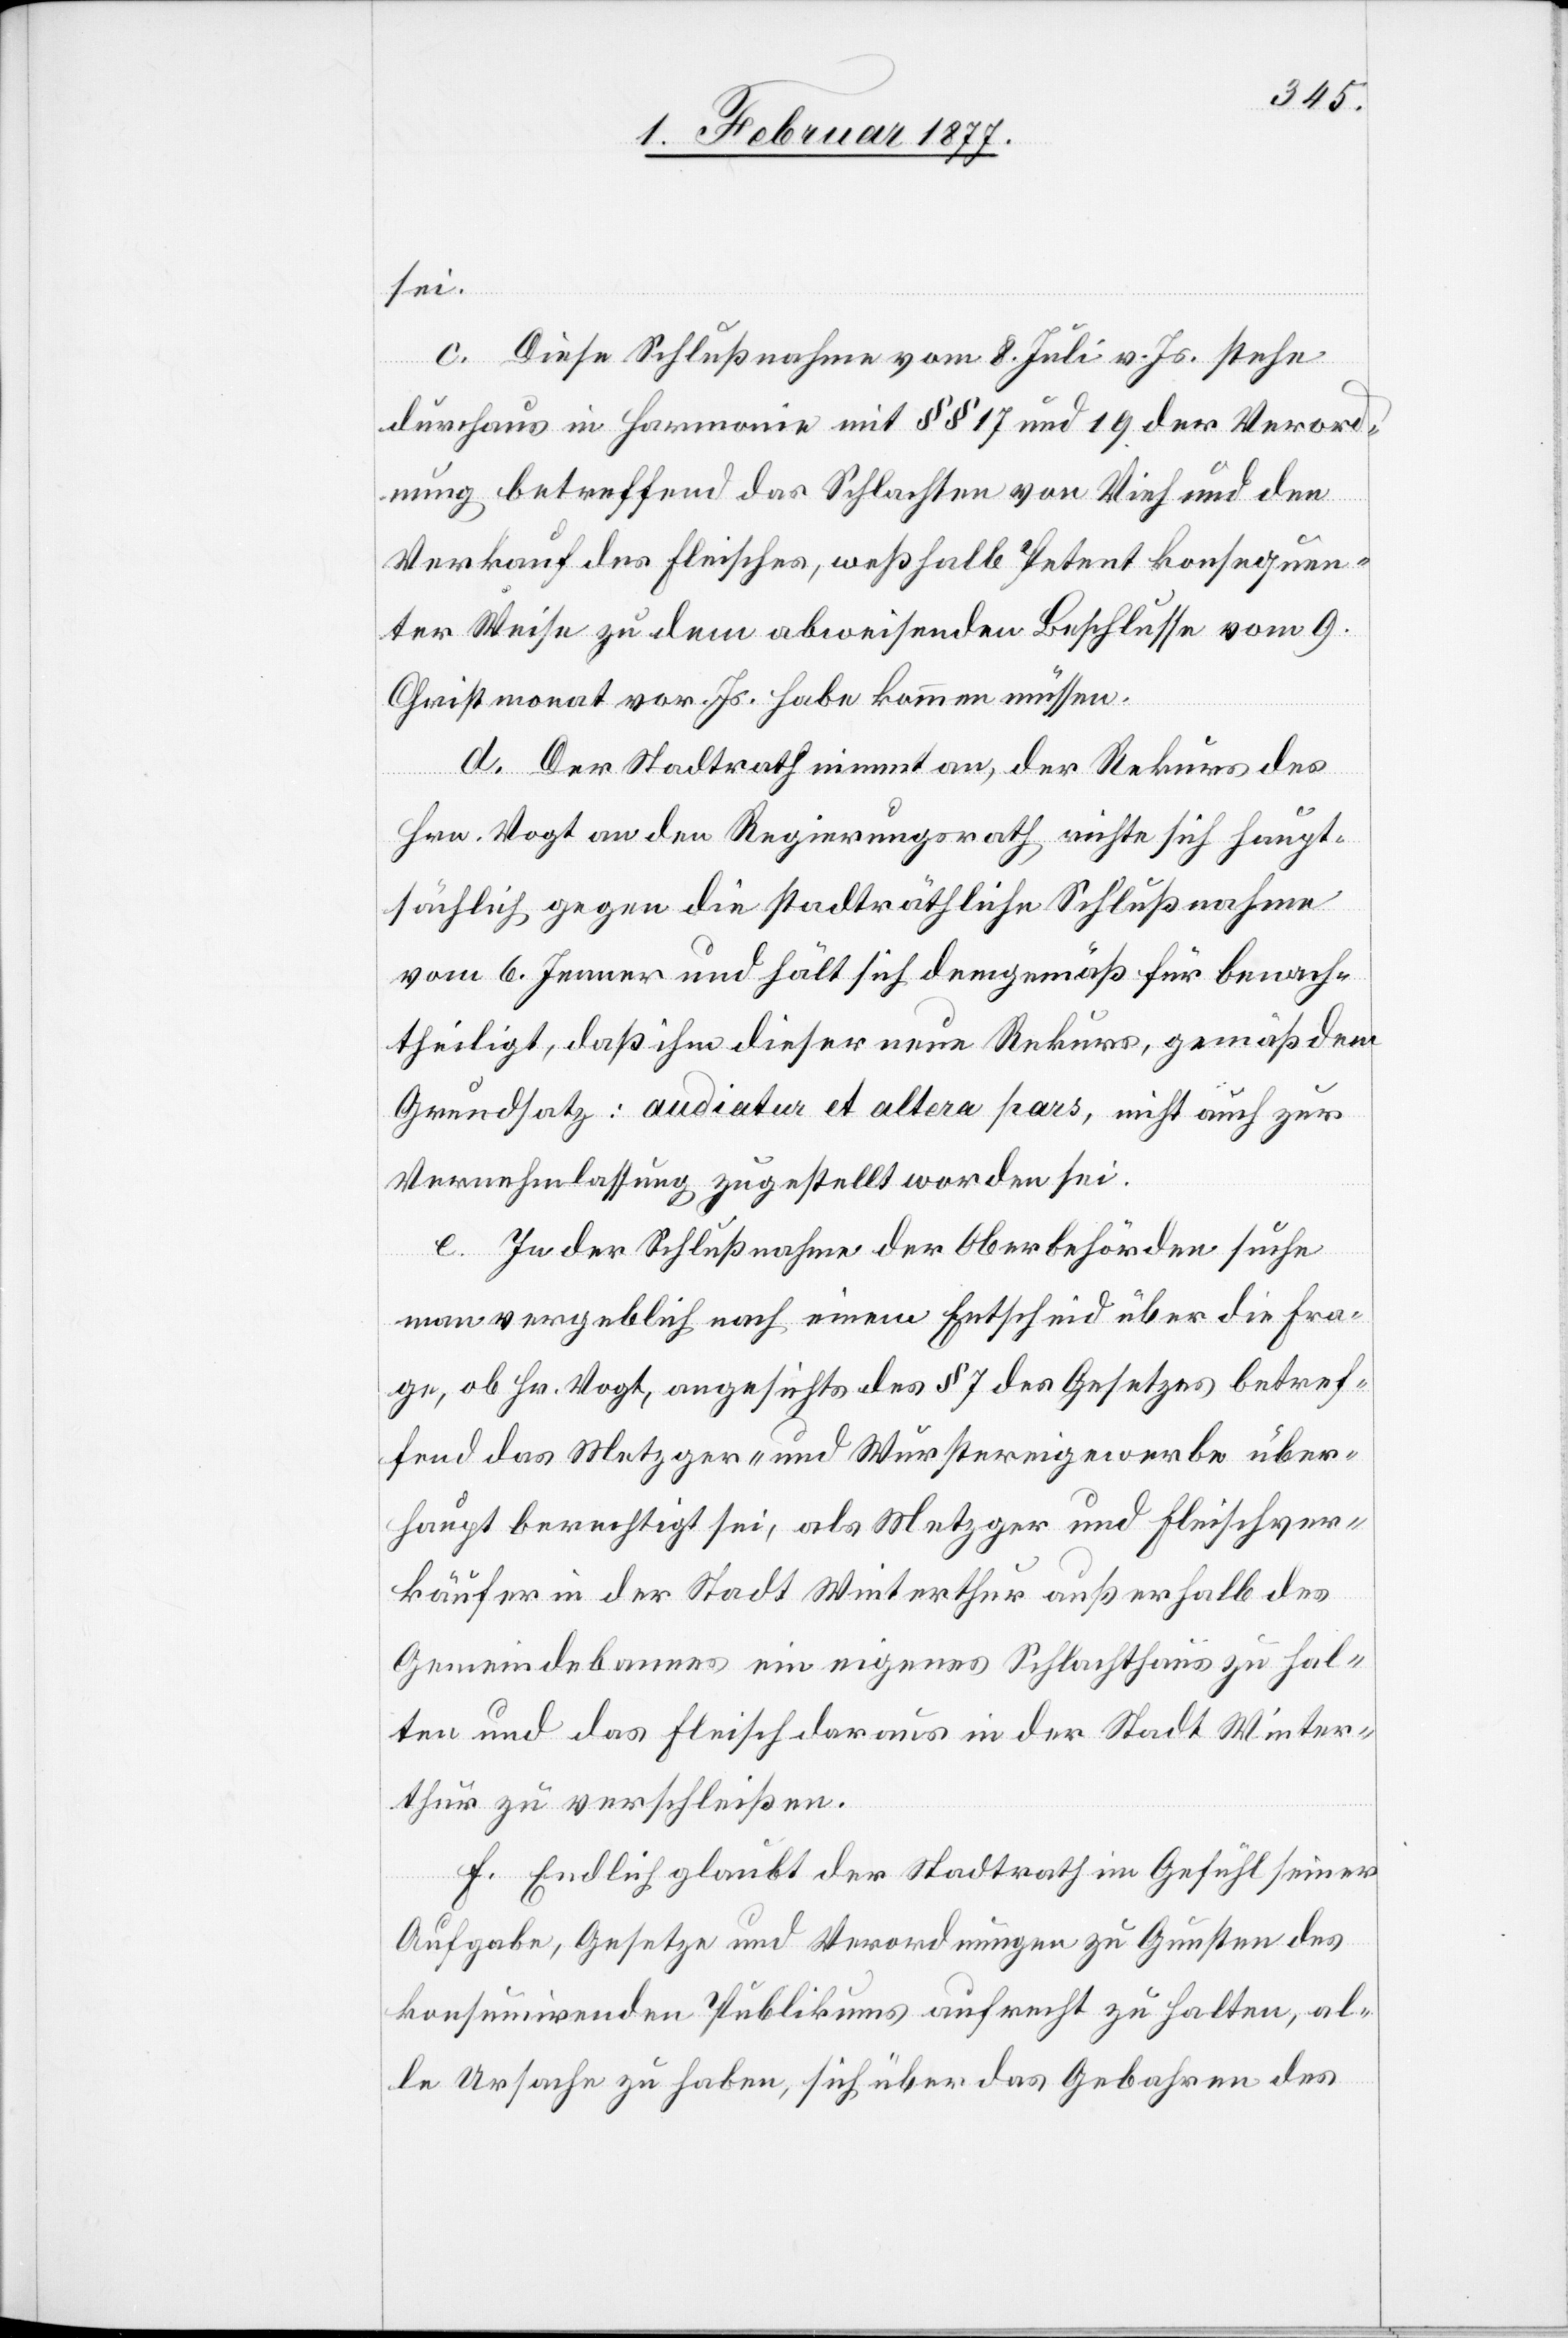
sei.
c. Diese Schlußnahme vom 8. Juli v. Js. stehe
durchaus in Harmonie mit §§ 17 und 19 der Verord¬
nung betreffend das Schlachten von Vieh und den
Verkauf des Fleisches, weßhalb Petent konsequen¬
ter Weise zu dem abweisenden Beschlusse vom 9.
Christmonat vor. Js. habe kommen müssen.
d. Der Stadtrath nimmt an, der Rekurs des
Hrn. Vogt an den Regierungsrath richte sich haupt¬
sächlich gegen die stadträthliche Schlußnahme
vom 6. Jenner und hält sich demgemäß für benach¬
theiligt, daß ihm dieser neue Rekurs, gemäß dem
Grundsatz: audiatur et altera pars, nicht auch zur
Vernehmlassung zugestellt worden sei.
e. In der Schlußnahme der Oberbehörden suche
man vergeblich nach einem Entscheid über die Fra¬
ge, ob Hr. Vogt, angesichts des § 7 des Gesetzes betref¬
fend das Metzger- und Wurstereigewerbe über¬
haupt berechtigt sei, als Metzger und Fleischver¬
käufer in der Stadt Winterthur außerhalb des
Gemeindebannes ein eigenes Schlachthaus zu hal¬
ten und das Fleisch daraus in der Stadt Winter¬
thur zu verschleißen.
f. Endlich glaube der Stadtrath im Gefühl seiner
Aufgabe, Gesetze und Verordnungen zu Gunsten des
konsumirenden Publikums aufrecht zu halten, al¬
le Ursache zu haben, sich über das Gebahren des